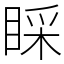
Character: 睬